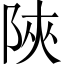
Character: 陜